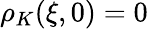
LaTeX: \rho_{K}(\xi,0)=0